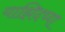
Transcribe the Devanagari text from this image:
याझिदच्या